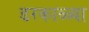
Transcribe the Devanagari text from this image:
डरकाळ्या